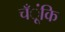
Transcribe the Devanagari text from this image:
चँूंकि